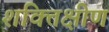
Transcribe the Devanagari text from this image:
शक्तिक्षीण